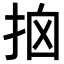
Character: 𢫥